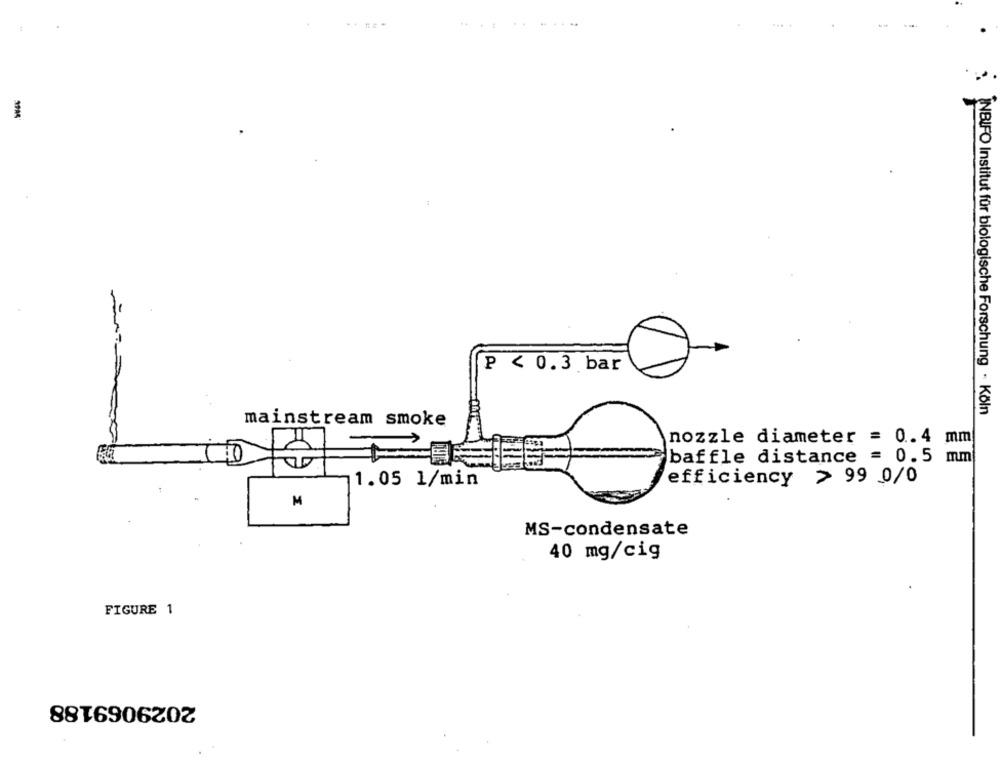
1
P < 0.3 bar
INBIFO Institut für biologische Forschung - Köln
mainstream smoke
nozzle diameter = 0.4 mm
baffle distance = 0.5 mm
efficiency > 99 0/0
1.05 1/min
M
MS-condensate
40 mg/cig
FIGURE 1
2029069188